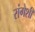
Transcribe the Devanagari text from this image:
रांगेशी